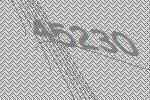
45230